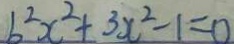
b ^ { 2 } x ^ { 2 } + 3 x ^ { 2 } - 1 = 0